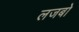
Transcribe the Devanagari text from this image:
लजबो